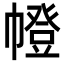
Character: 㡠